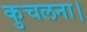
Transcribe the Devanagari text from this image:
कुचलना।